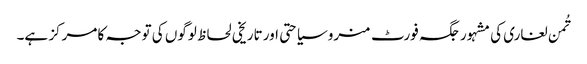
تُمن لغاری کی مشہور جگہ فورٹ منرو سیاحتی اور تاریخی لحاظ لوگوں کی توجہ کا مرکز ہے۔